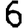
Digit: 6